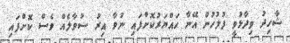
ޝާހިދު ވިދާޅުވީ ފުލުހުން އޭނާ ހައްޔަރުކޮށްފައި ނުވާ އިރު ސުވާލެއް ވެސް ކޮށްފައި